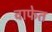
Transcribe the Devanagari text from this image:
वाफेत